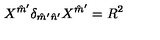
X ^ { \hat { m } ^ { \prime } } \delta _ { \hat { m } ^ { \prime } \hat { n } ^ { \prime } } X ^ { \hat { m } ^ { \prime } } = R ^ { 2 }